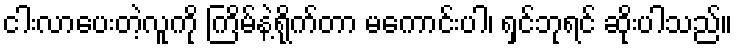
ငါးလာပေးတဲ့လူကို ကြိမ်နဲ့ရိုက်တာ မကောင်းပါ၊ ရှင်ဘုရင် ဆိုးပါသည်။